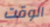
الوقت